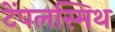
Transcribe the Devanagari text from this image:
टेंपलस्मिथ